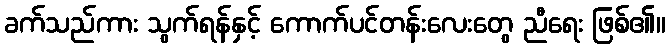
ခက်သည်ကား သွက်ရန်နှင့် ကောက်ပင်တန်းလေးတွေ ညီရေး ဖြစ်၏။